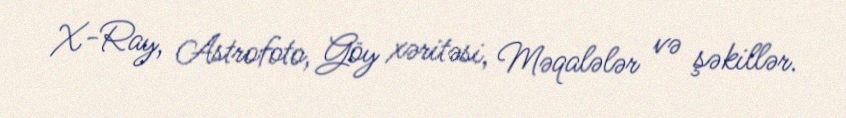
X-Ray, Astrofoto, Göy xəritəsi, Məqalələr və şəkillər.